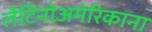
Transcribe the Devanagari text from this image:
लैटिनोअमेरिकाना